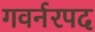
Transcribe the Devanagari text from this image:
गवर्नरपद